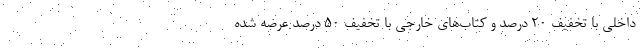
داخلی با تخفیف ۲۰ درصد و کتاب‌های خارجی با تخفیف ۵۰ درصد عرضه شده